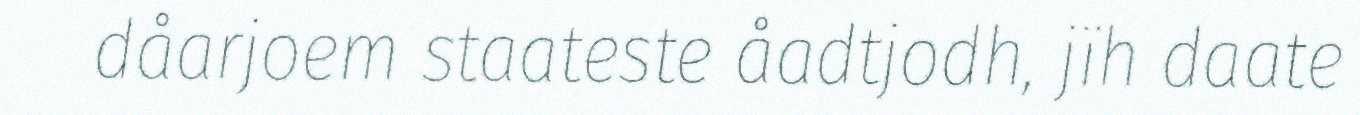
dåarjoem staateste åadtjodh, jïh daate